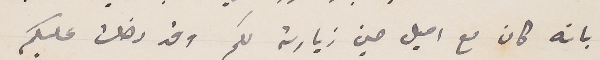
بانه كان مع اميل حين زيارته لكم وقد دخلت عليكم